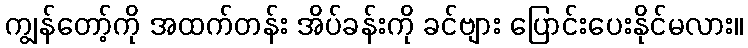
ကျွန်တော့်ကို အထက်တန်း အိပ်ခန်းကို ခင်ဗျား ပြောင်းပေးနိုင်မလား။